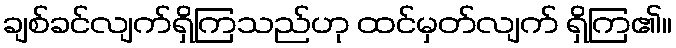
ချစ်ခင်လျက်ရှိကြသည်ဟု ထင်မှတ်လျက် ရှိကြ၏။